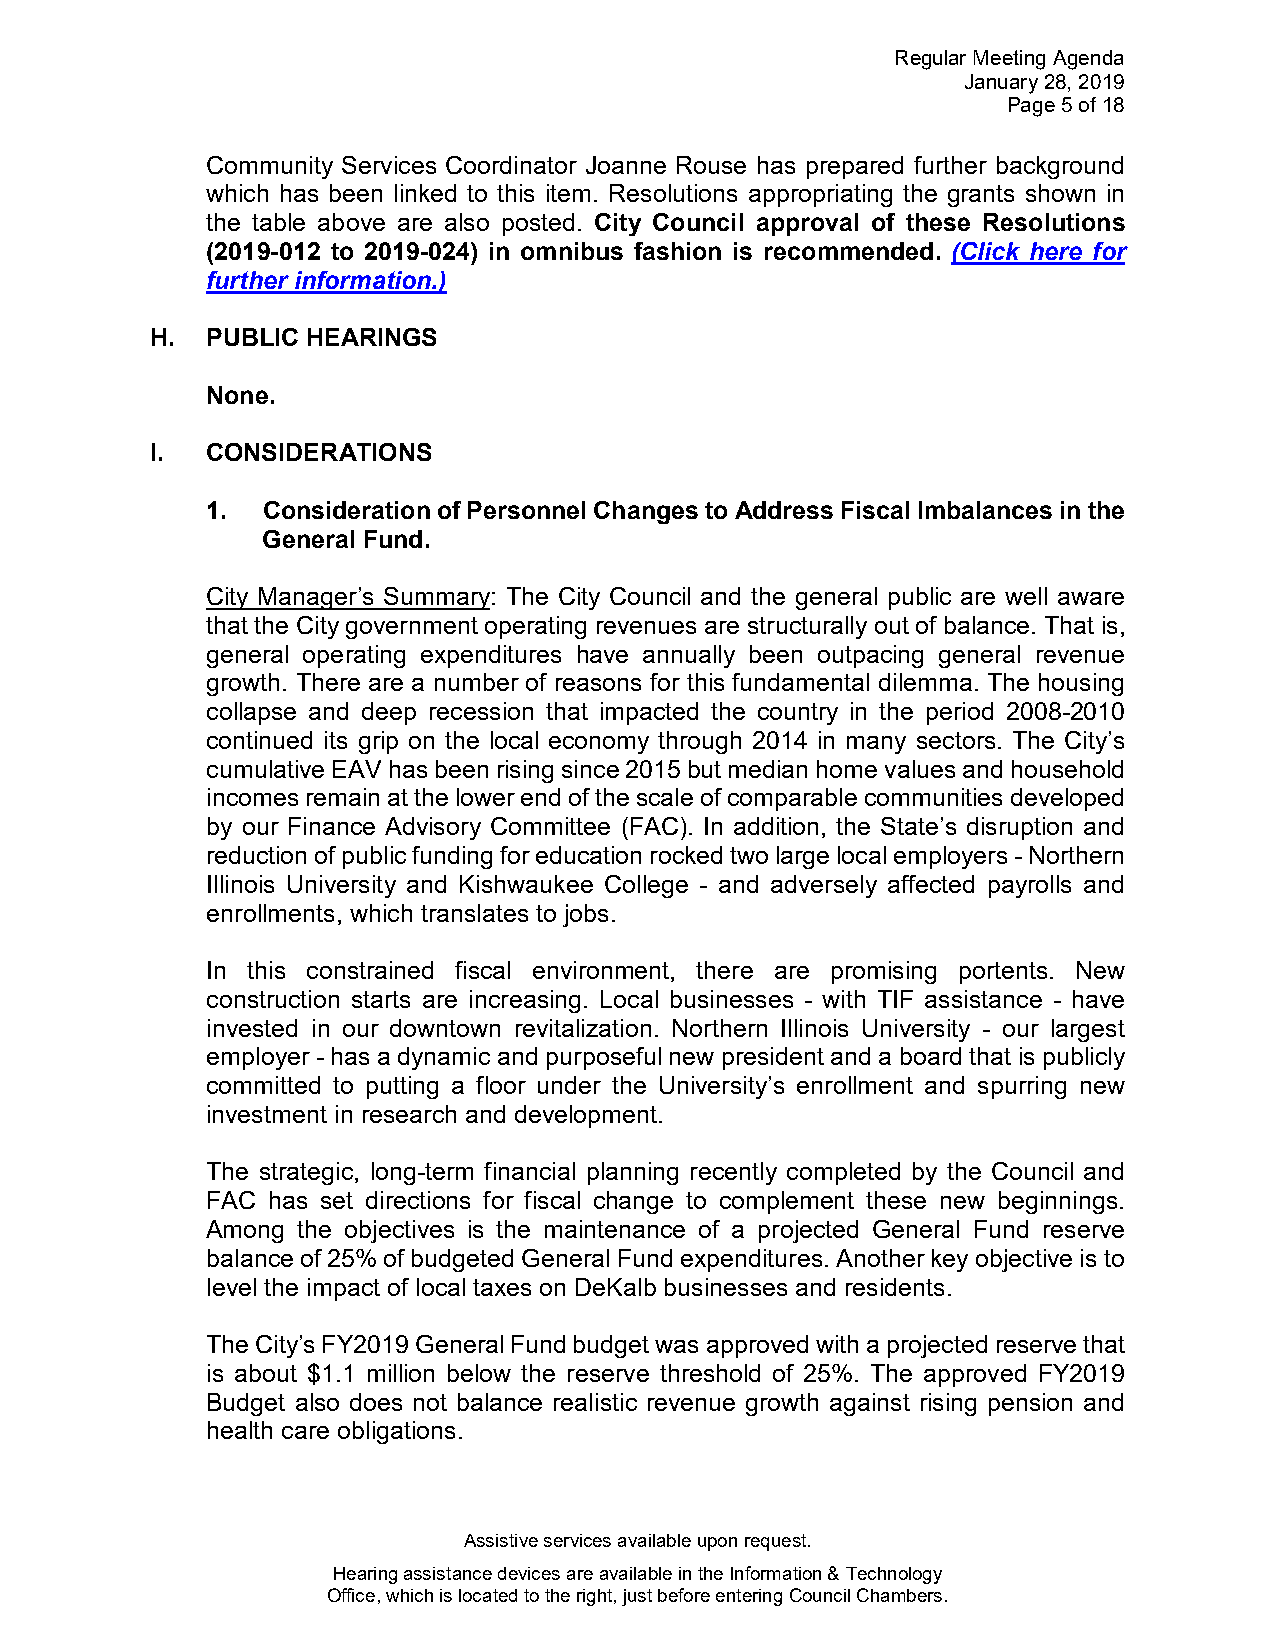
Regular Meeting Agenda
 January 28, 2019
 Page 5 of 18
 Community Services Coordinator Joanne Rouse has prepared further background
 which has been linked to this item. Resolutions appropriating the grants shown in
 the table above are also posted. City Council approval of these Resolutions
 (2019-012 to 2019-024) in omnibus fashion is recommended. (Click here for
 further information.)
 H.  PUBLIC HEARINGS
 None.
 I.  CONSIDERATIONS
 1. Consideration of Personnel Changes to Address Fiscal Imbalances in the
 General Fund.
 City Manager’s Summary: The City Council and the general public are well aware
 that the City government operating revenues are structurally out of balance. That is,
 general operating expenditures have annually been outpacing general revenue
 growth. There are a number of reasons for this fundamental dilemma. The housing
 collapse and deep recession that impacted the country in the period 2008-2010
 continued its grip on the local economy through 2014 in many sectors. The City’s
 cumulative EAV has been rising since 2015 but median home values and household
 incomes remain at the lower end of the scale of comparable communities developed
 by our Finance Advisory Committee (FAC). In addition, the State’s disruption and
 reduction of public funding for education rocked two large local employers - Northern
 Illinois University and Kishwaukee College - and adversely affected payrolls and
 enrollments, which translates to jobs.
 In this constrained fiscal environment, there are promising portents. New
 construction starts are increasing. Local businesses - with TIF assistance - have
 invested in our downtown revitalization. Northern Illinois University - our largest
 employer - has a dynamic and purposeful new president and a board that is publicly
 committed to putting a floor under the University’s enrollment and spurring new
 investment in research and development.
 The strategic, long-term financial planning recently completed by the Council and
 FAC has set directions for fiscal change to complement these new beginnings.
 Among the objectives is the maintenance of a projected General Fund reserve
 balance of 25% of budgeted General Fund expenditures. Another key objective is to
 level the impact of local taxes on DeKalb businesses and residents.
 The City’s FY2019 General Fund budget was approved with a projected reserve that
 is about $1.1 million below the reserve threshold of 25%. The approved FY2019
 Budget also does not balance realistic revenue growth against rising pension and
 health care obligations.
 Assistive services available upon request.
 Hearing assistance devices are available in the Information & Technology
 Office, which is located to the right, just before entering Council Chambers.